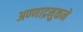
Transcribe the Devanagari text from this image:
अण्णाद्रमुकने